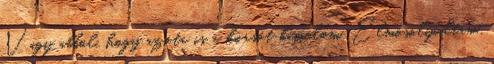
Vagy abból, hogy azóta is a korsót bámulom. Elmosolyodtam.